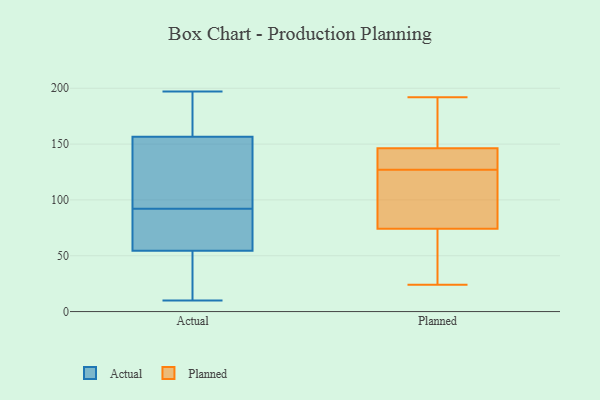
{"axis": {"x": "Active Users", "y": "Value"}, "legend": ["Actual", "Planned"], "data": [{"x": "", "y": 84, "type": "Actual"}, {"x": "", "y": 59, "type": "Actual"}, {"x": "", "y": 162, "type": "Actual"}, {"x": "", "y": 50, "type": "Actual"}, {"x": "", "y": 151, "type": "Actual"}, {"x": "", "y": 186, "type": "Actual"}, {"x": "", "y": 20, "type": "Actual"}, {"x": "", "y": 189, "type": "Actual"}, {"x": "", "y": 14, "type": "Actual"}, {"x": "", "y": 82, "type": "Actual"}, {"x": "", "y": 75, "type": "Actual"}, {"x": "", "y": 65, "type": "Actual"}, {"x": "", "y": 180, "type": "Actual"}, {"x": "", "y": 100, "type": "Actual"}, {"x": "", "y": 197, "type": "Actual"}, {"x": "", "y": 142, "type": "Actual"}, {"x": "", "y": 10, "type": "Actual"}, {"x": "", "y": 145, "type": "Actual"}, {"x": "", "y": 23, "type": "Actual"}, {"x": "", "y": 125, "type": "Actual"}, {"x": "", "y": 111, "type": "Planned"}, {"x": "", "y": 150, "type": "Planned"}, {"x": "", "y": 24, "type": "Planned"}, {"x": "", "y": 178, "type": "Planned"}, {"x": "", "y": 68, "type": "Planned"}, {"x": "", "y": 131, "type": "Planned"}, {"x": "", "y": 42, "type": "Planned"}, {"x": "", "y": 127, "type": "Planned"}, {"x": "", "y": 93, "type": "Planned"}, {"x": "", "y": 135, "type": "Planned"}, {"x": "", "y": 192, "type": "Planned"}]}